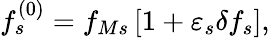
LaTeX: f_{s}^{\left(0\right)}=f_{Ms}\left[1+\varepsilon_{s}\delta f_{s}\right],